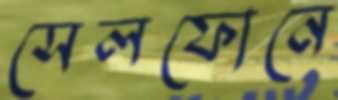
সেলফোনে